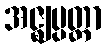
အဇ္ဈပ္ပတ္တာ